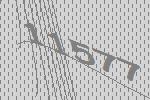
11577